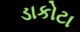
ડાકોટા